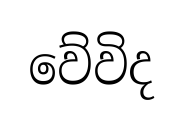
වේවිද